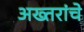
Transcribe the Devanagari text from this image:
अख्तरांचे